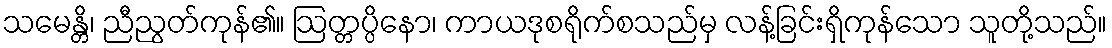
သမေန္တိ၊ ညီညွတ်ကုန်၏။ ဩတ္တပ္ပိနော၊ ကာယဒုစရိုက်စသည်မှ လန့်ခြင်းရှိကုန်သော သူတို့သည်။